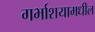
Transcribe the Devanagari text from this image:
गर्भाशयामधील